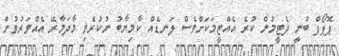
ޕޮޕޯފް ބުނީ ދެޓީމުން ކުރެ އެއްޓީމަކަށްވެސް ލަނޑެއް ކާމިޔާބު ނުކުރެވި މާދަމާރޭ އެއްވަރުވުން